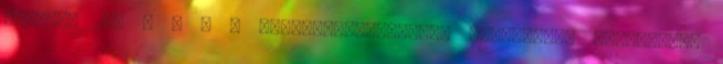
október 27. ^ a b A Kudelka-gyilkosság nyomozását befejezték